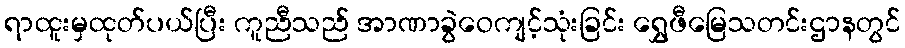
ရာထူးမှထုတ်ပယ်ပြီး ကူညီသည် အာဏာခွဲဝေကျင့်သုံးခြင်း ရွှေဖီမြေသတင်းဌာနတွင်